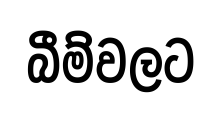
බීම්වලට